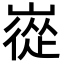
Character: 嵸